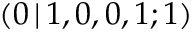
( 0 \, | \, 1 , 0 , 0 , 1 ; 1 )